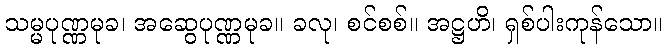
သမ္မပုဏ္ဏမုခ၊ အဆွေပုဏ္ဏမုခ။ ခလု၊ စင်စစ်။ အဋ္ဌဟိ၊ ရှစ်ပါးကုန်သော။